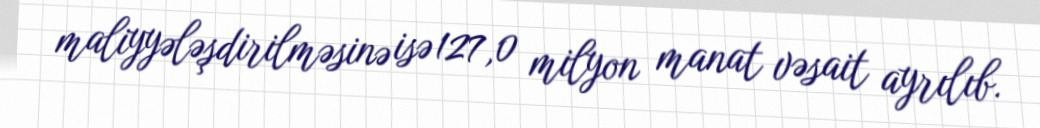
maliyyələşdirilməsinə isə 127,0 milyon manat vəsait ayrılıb.